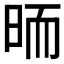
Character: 𣆝